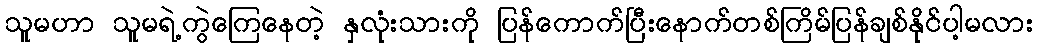
သူမဟာ သူမရဲ့ကွဲကြေနေတဲ့ နှလုံးသားကို ပြန်ကောက်ပြီးနောက်တစ်ကြိမ်ပြန်ချစ်နိုင်ပါ့မလား